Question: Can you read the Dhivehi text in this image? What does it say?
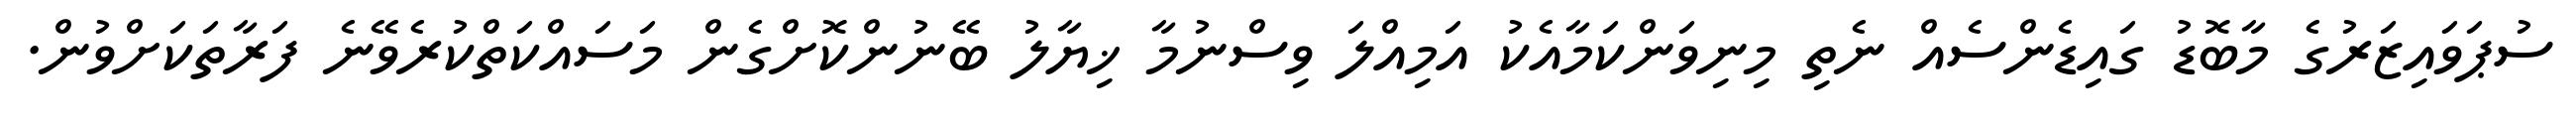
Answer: ސުޕަވައިޒަރުގެ މާބޮޑު ގައިޑެންސެއް ނެތި މިނިވަންކަމާއެކު އަމިއްލަ ވިސްނުމާ ޚިޔާލު ބޭނުންކޮށްގެން މަސައްކަތްކުރެވޭނެ ފަރާތަކަށްވުން.